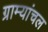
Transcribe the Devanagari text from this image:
ग्राम्यांचल